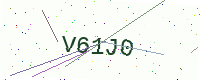
Text: V61J0